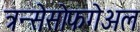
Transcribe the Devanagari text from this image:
त्रन्सेसोफगेअल